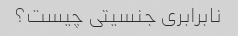
نابرابری جنسیتی چیست؟